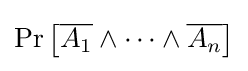
\Pr \left[{\overline {A_{1}}}\wedge \cdots \wedge {\overline {A_{n}}}\right]